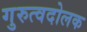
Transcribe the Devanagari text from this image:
गुरुत्वदोलक